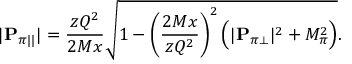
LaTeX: | { \bf P } _ { \pi | | } | = \frac { z Q ^ { 2 } } { 2 M x } \sqrt { 1 - \left( \frac { 2 M x } { z Q ^ { 2 } } \right) ^ { 2 } \Big ( | { \bf P } _ { \pi \perp } | ^ { 2 } + M _ { \pi } ^ { 2 } \Big ) } .